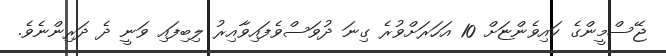
ޖޭސްމީންގެ ކައިވެންޏަށް 10 އަހަރަށްވުރެ ގިނަ ދުވަސްވެފައިވާއިރު ލިބިފައި ވަނީ ދެ ދަރިންނެވެ.